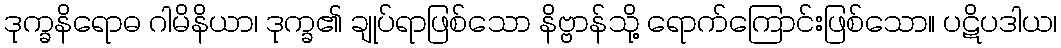
ဒုက္ခနိရောဓ ဂါမိနိယာ၊ ဒုက္ခ၏ ချုပ်ရာဖြစ်သော နိဗ္ဗာန်သို့ ရောက်ကြောင်းဖြစ်သော။ ပဋိပဒါယ၊